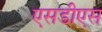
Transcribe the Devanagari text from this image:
एसडीएस